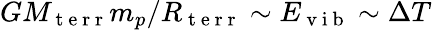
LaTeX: GM_{\mathrm{~t~e~r~r~}}m_{p}/R_{\mathrm{~t~e~r~r~}}\sim E_{\mathrm{~v~i~b~}}\sim\Delta T